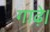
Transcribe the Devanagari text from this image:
गाढ़े।